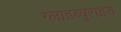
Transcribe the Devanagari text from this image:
ग्लाइब्युराइड